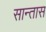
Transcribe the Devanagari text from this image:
सान्तास